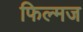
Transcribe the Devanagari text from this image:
फिल्मज